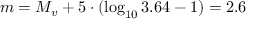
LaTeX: m = M _ { v } + 5 \cdot ( \log _ { 1 0 } 3 . 6 4 - 1 ) = 2 . 6